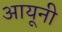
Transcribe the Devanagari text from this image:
आयूनी